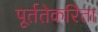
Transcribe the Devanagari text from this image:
पूर्ततेकरिता